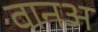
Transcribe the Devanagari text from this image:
वानअ